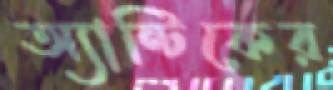
অ্যান্টিকের